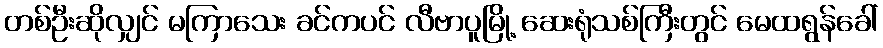
တစ်ဦးဆိုလျှင် မကြာသေး ခင်ကပင် လီဗာပူမြို့ ဆေးရုံသစ်ကြီးတွင် မေထရွန်ခေါ်